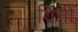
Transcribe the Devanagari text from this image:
यिंगी